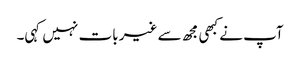
آپ نے کبھی مجھ سے غیر بات نہیں کہی۔